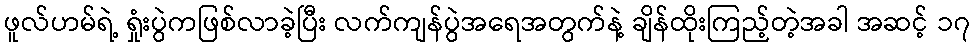
ဖူလ်ဟမ်ရဲ့ ရှုံးပွဲကဖြစ်လာခဲ့ပြီး လက်ကျန်ပွဲအရေအတွက်နဲ့ ချိန်ထိုးကြည့်တဲ့အခါ အဆင့် ၁၇